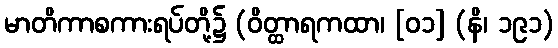
မာတိကာစကားရပ်တို့၌ (ဝိတ္ထာရကထာ၊ [၀၁] (နိ၊ ၁၉၁)